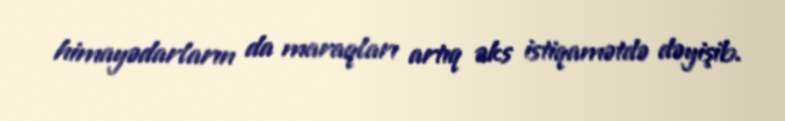
himayədarların da maraqları artıq əks istiqamətdə dəyişib.